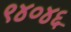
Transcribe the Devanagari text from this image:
९४०४६